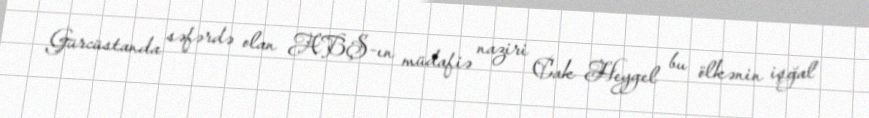
Gürcüstanda səfərdə olan ABŞ-ın müdafiə naziri Cak Heygel bu ölkənin işğal